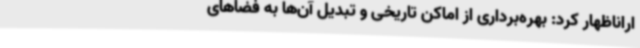
اراناظهار کرد: بهره‌برداری از اماکن تاریخی و تبدیل آن‌ها به فضاهای